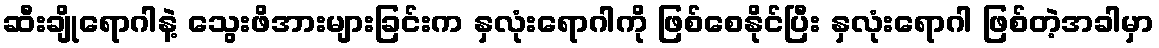
ဆီးချိုရောဂါနဲ့ သွေးဖိအားများခြင်းက နှလုံးရောဂါကို ဖြစ်စေနိုင်ပြီး နှလုံးရောဂါ ဖြစ်တဲ့အခါမှာ